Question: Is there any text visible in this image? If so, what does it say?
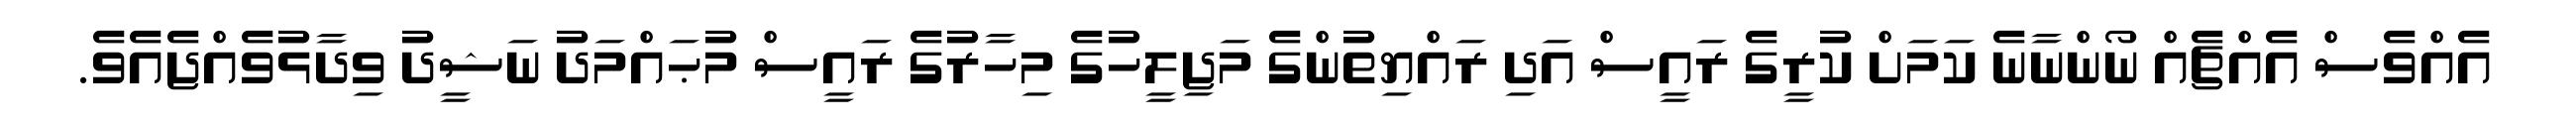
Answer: އެއްވެސް އެއްޗެއް ނޯންނާނެ ކަމަށް ކުރީގެ ރައީސް އަދި ރައްޔިތުންގެ މަޖިލީހުގެ މިހާރުގެ ރައީސް މުޙައްމަދު ނަޝީދު ވިދާޅުވެއްޖެއެވެ.